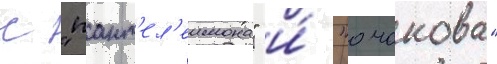
с "пант'ел'еимона" и́ "очакова"